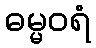
ဓမ္မဝရံ